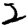
Digit: 2